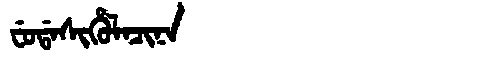
Manchu: ᠸᡠᡩᠠᠰᡳᡥᡠᠯᠠᠴᡳᠨᠠ
Romanization: FUDASIHULACINA